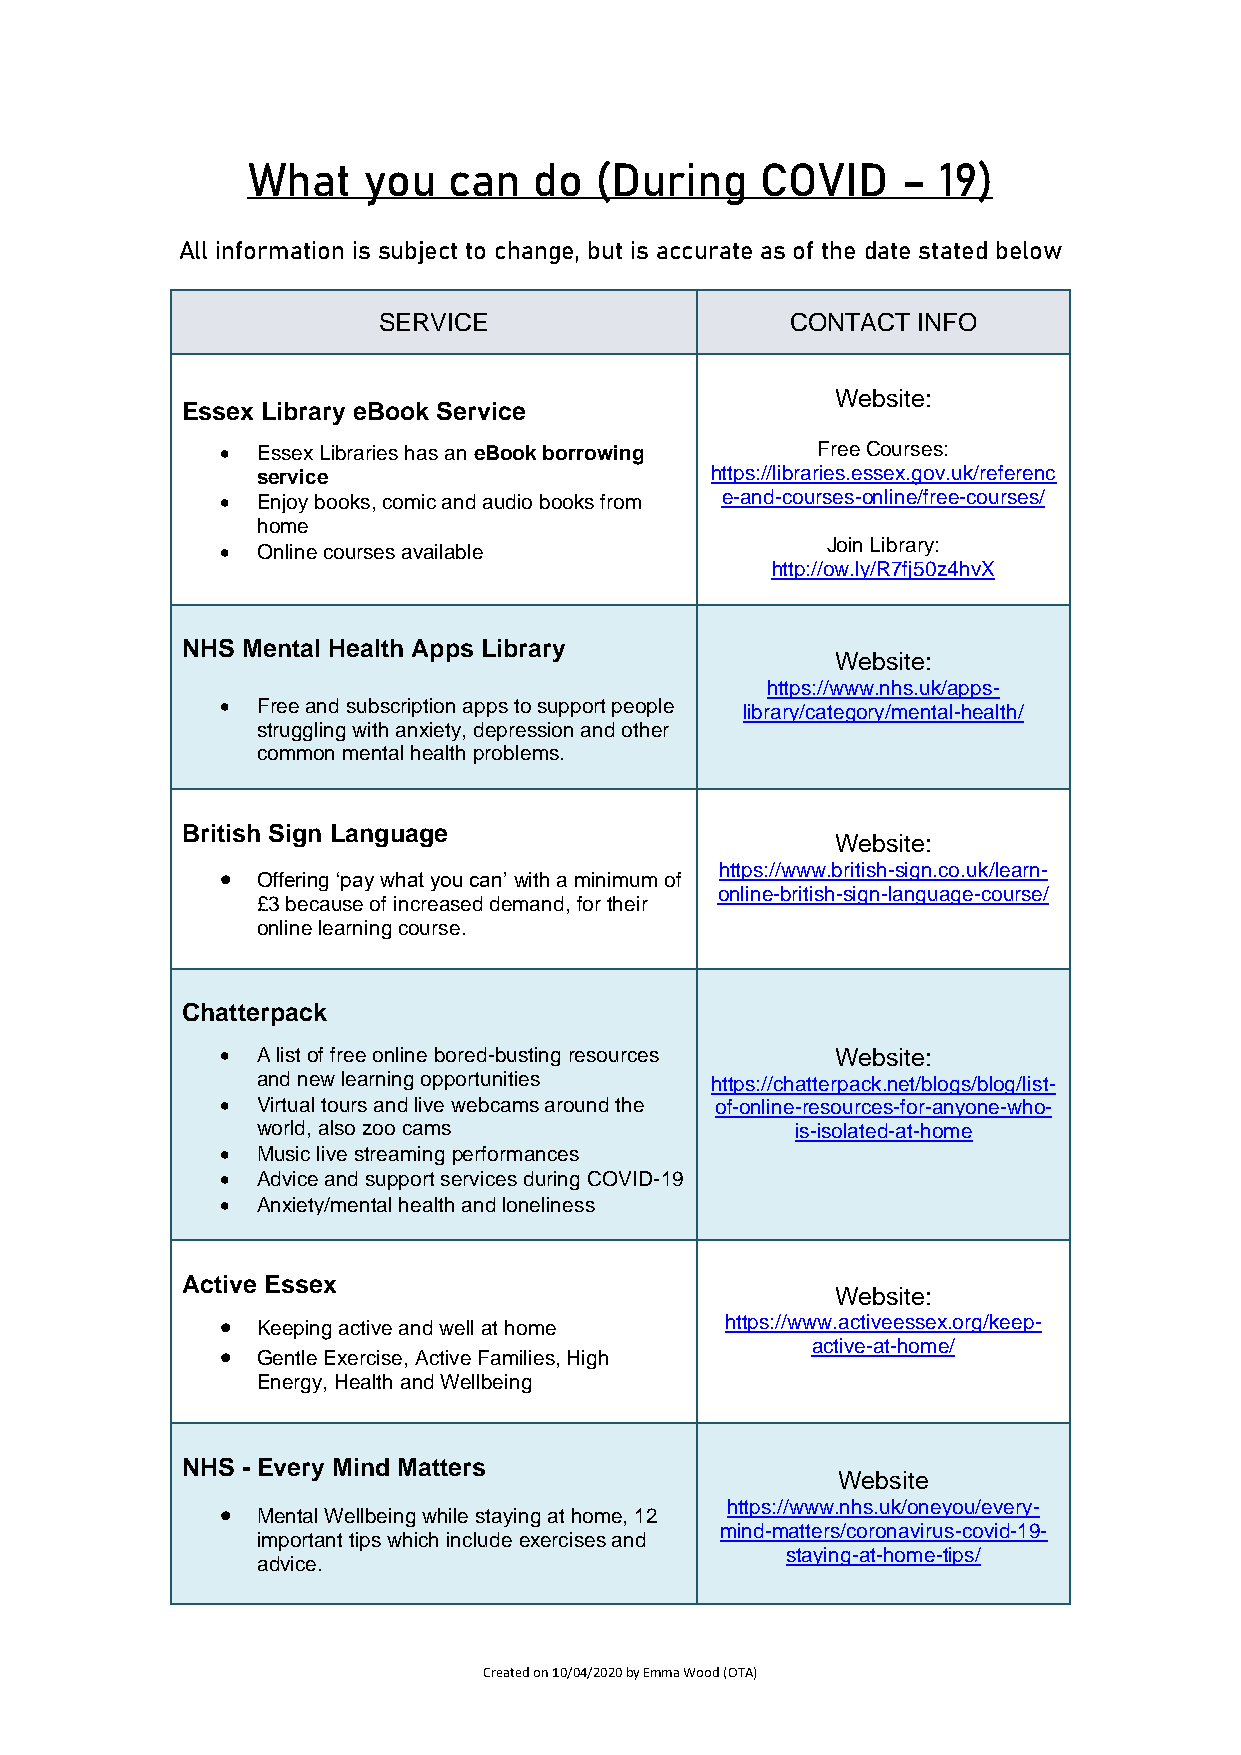
What    you   can  do  (During    COVID     – 19)
 All information is subject to change, but is accurate as of the date stated below
 SERVICE                    CONTACT  INFO
 Website:
 Essex Library eBook Service
 • Essex Libraries has an eBook borrowing Free Courses:
 service                       https://libraries.essex.gov.uk/referenc
 • Enjoy books, comic and audio books from e-and-courses-online/free-courses/
 home
 Join Library:
 • Online courses available
 http://ow.ly/R7fj50z4hvX
 NHS Mental Health Apps Library
 Website:
 https://www.nhs.uk/apps-
 • Free and subscription apps to support people
 library/category/mental-health/
 struggling with anxiety, depression and other
 common mental health problems.
 British Sign Language
 Website:
 https://www.british-sign.co.uk/learn-
 • Offering ‘pay what you can’ with a minimum of
 online-british-sign-language-course/
 £3 because of increased demand, for their
 online learning course.
 Chatterpack
 • A list of free online bored-busting resources Website:
 and new learning opportunities https://chatterpack.net/blogs/blog/list-
 • Virtual tours and live webcams around the of-online-resources-for-anyone-who-
 world, also zoo cams                is-isolated-at-home
 • Music live streaming performances
 • Advice and support services during COVID-19
 • Anxiety/mental health and loneliness
 Active Essex
 Website:
 • Keeping active and well at home https://www.activeessex.org/keep-
 active-at-home/
 • Gentle Exercise, Active Families, High
 Energy, Health and Wellbeing
 NHS - Every Mind Matters
 Website
 • Mental Wellbeing while staying at home, 12 https://www.nhs.uk/oneyou/every-
 mind-matters/coronavirus-covid-19-
 important tips which include exercises and
 advice.
 staying-at-home-tips/
 Created on 10/04/2020 by Emma Wood (OTA)